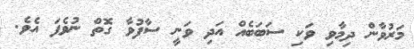
މަރުވާން ދިމާވި ވަކި ސަބަބެއް އަދި ވަނީ ސާފުވާ ގޮތް ނުވެފަ އެވެ.